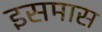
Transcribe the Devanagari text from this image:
इसमास